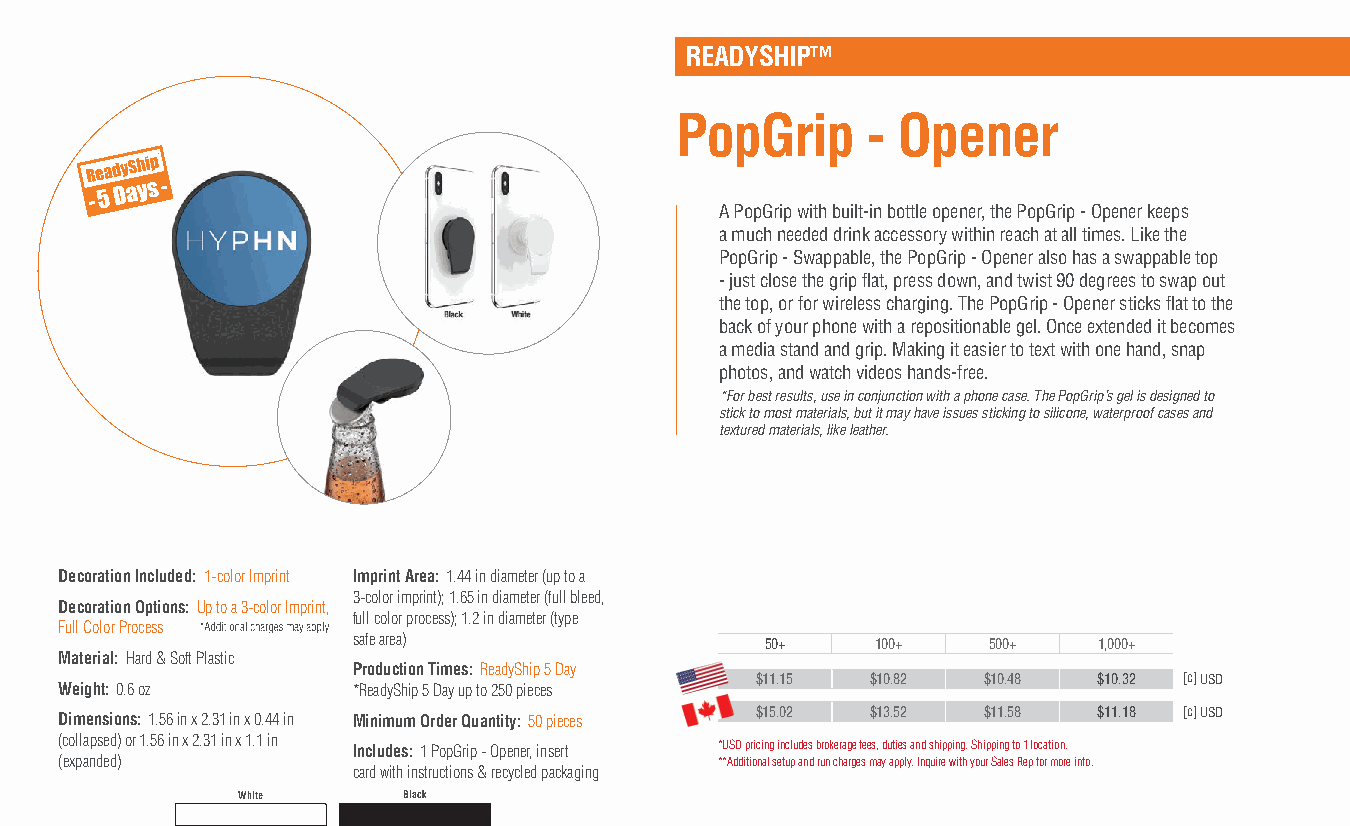
READYSHIP™
 PopGrip     - Opener
 A PopGrip with built-in bottle opener, the PopGrip - Opener keeps
 a much needed drink accessory within reach at all times. Like the
 PopGrip - Swappable, the PopGrip - Opener also has a swappable top
 - just close the grip flat, press down, and twist 90 degrees to swap out
 the top, or for wireless charging. The PopGrip - Opener sticks flat to the
 back of your phone with a repositionable gel. Once extended it becomes
 a media stand and grip. Making it easier to text with one hand, snap
 photos, and watch videos hands-free.
 *For best results, use in conjunction with a phone case. The PopGrip’s gel is designed to
 stick to most materials, but it may have issues sticking to silicone, waterproof cases and
 textured materials, like leather.
 Decoration Included: 1-color Imprint Imprint Area: 1.44 in diameter (up to a
 3-color imprint); 1.65 in diameter (full bleed,
 Decoration Options: Up to a 3-color Imprint,
 full color process); 1.2 in diameter (type
 Full Color Process
 safe area)                  50+    100+   500+    1,000+
 Material: Hard & Soft Plastic
 Production Times: ReadyShip 5 Day
 $11.15  $10.82 $10.48  $10.32 [c] USD
 Weight: 0.6 oz     *ReadyShip 5 Day up to 250 pieces
 Dimensions: 1.56 in x 2.31 in x 0.44 in Minimum Order Quantity: 50 pieces $15.02 $13.52 $11.58 $11.18 [c] USD
 (collapsed) or 1.56 in x 2.31 in x 1.1 in Includes: 1 PopGrip - Opener, insert *USD pricing includes brokerage fees, duties and shipping. Shipping to 1 location.
 (expanded)                                  **Additional setup and run charges may apply. Inquire with your Sales Rep for more info.
 card with instructions & recycled packaging
 White      Black